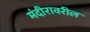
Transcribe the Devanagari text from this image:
मंदीरावरील